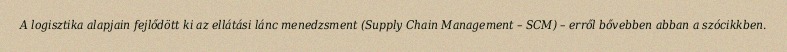
A logisztika alapjain fejlődött ki az ellátási lánc menedzsment (Supply Chain Management – SCM) – erről bővebben abban a szócikkben.